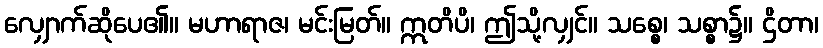
လျှောက်ဆိုပေ၏။ မဟာရာဇ၊ မင်းမြတ်။ ဣတိပိ၊ ဤသို့လျှင်။ သစ္စေ၊ သစ္စာ၌။ ဌိတာ၊